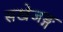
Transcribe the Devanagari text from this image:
सखेजङ्ग